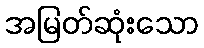
အမြတ်ဆုံးသော